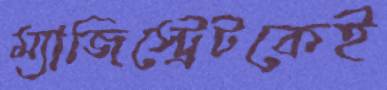
ম্যাজিস্ট্রেটকেই